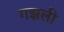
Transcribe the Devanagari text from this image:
गझली